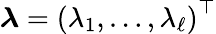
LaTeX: {\boldsymbol{\lambda}}=\left(\lambda_{1},\ldots,\lambda_{\ell}\right)^{\top}